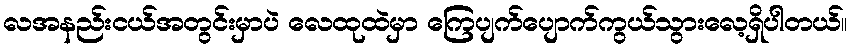
လအနည်းငယ်အတွင်းမှာပဲ လေထုထဲမှာ ကြေပျက်ပျောက်ကွယ်သွားလေ့ရှိပါတယ်။